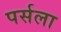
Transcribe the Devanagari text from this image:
पर्सला